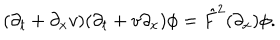
LaTeX: ( \partial _ { t } + \partial _ { x } v ) ( \partial _ { t } + v \partial _ { x } ) \phi = \hat { F } ^ { 2 } ( \partial _ { x } ) \phi .